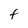
Character: f